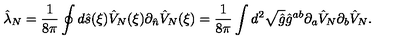
{ \hat { \lambda } _ { N } } = { \frac { 1 } { 8 \pi } } \oint { d } \hat { s } ( \xi ) { \hat { V } _ { N } } ( \xi ) { \partial _ { \hat { n } } } { \hat { V } _ { N } } ( \xi ) = { \frac { 1 } { 8 \pi } } \int { d ^ { 2 } } \sqrt { \hat { g } } { \hat { g } ^ { a b } } { \partial _ { a } } { \hat { V } _ { N } } { \partial _ { b } } { \hat { V } _ { N } } .